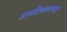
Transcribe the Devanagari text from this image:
अनादिकालापासून